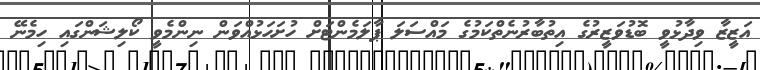
އަޒީޒާ ވިދާޅުވީ ބޮޑުވަޒީރުގެ އިތުބާރުނެތްކަމުގެ މައްސަލަ ޕާލަމެންޓަށް ހުށަހަޅުއްވަން ނިންމެވީ ކޯލިޝަންގައި ހިމެނޭ